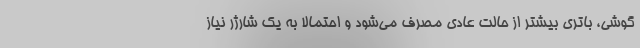
گوشی، باتری بیشتر از حالت عادی مصرف می‌شود و احتمالا به یک شارژر نیاز